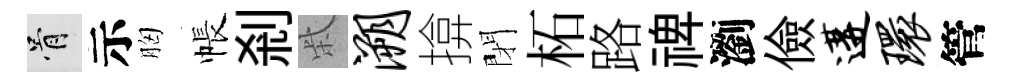
骨示胸帳剎柴溯揜閉柘路禆瀏儉遘环管